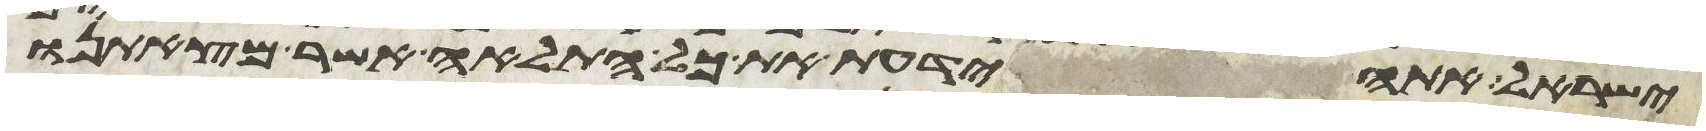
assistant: ישראל אתה ידעת את כל התלאה אשר מצאתנו